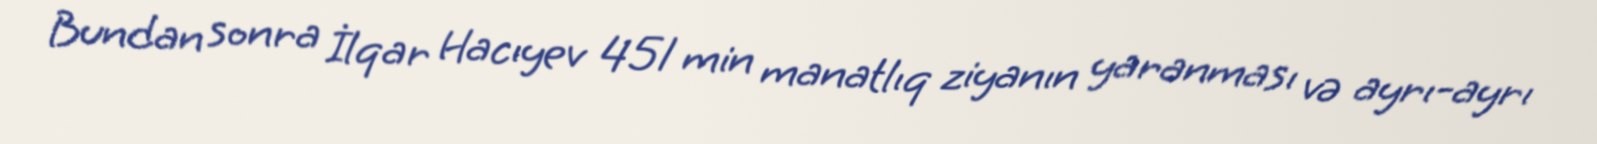
Bundan sonra İlqar Hacıyev 451 min manatlıq ziyanın yaranması və ayrı-ayrı